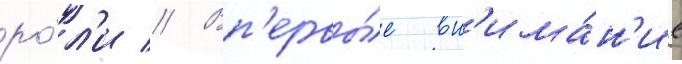
ро́л'и // Вп'ервы́е вн'има́н'ие